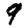
Digit: 9